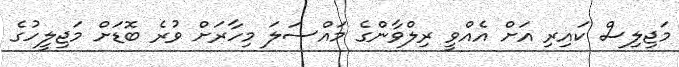
މަޖިލިސް ކައިރި އަށް އެއްވީ ރިލްވާންގެ މައްސަލަ މިހާރަށް ވުރެ ބޮޑަށް މަޖިލީހުގެ